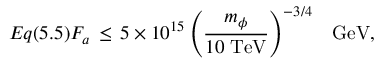
E q ( 5 . 5 ) F _ { a } \, \leq \, 5 \times 1 0 ^ { 1 5 } \left( \frac { m _ { \phi } } { 1 0 \; \mathrm { T e V } } \right) ^ { - 3 / 4 } \; \; \; \mathrm { G e V } ,